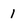
Character: l